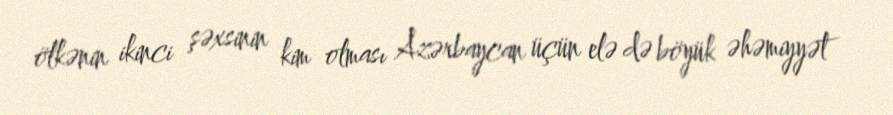
ölkənin ikinci şəxsinin kim olması Azərbaycan üçün elə də böyük əhəmiyyət